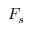
F _ { s }